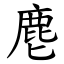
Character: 麀